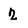
Character: 2